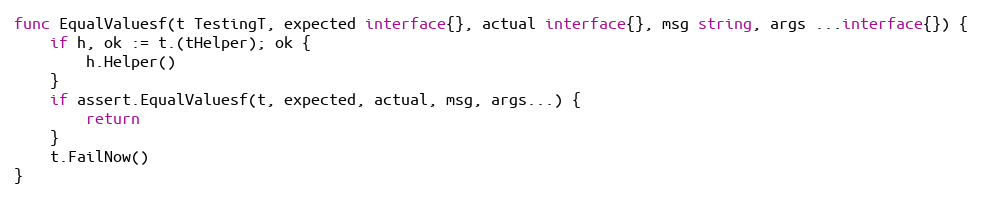
Language: Go
func EqualValuesf(t TestingT, expected interface{}, actual interface{}, msg string, args ...interface{}) {
	if h, ok := t.(tHelper); ok {
		h.Helper()
	}
	if assert.EqualValuesf(t, expected, actual, msg, args...) {
		return
	}
	t.FailNow()
}